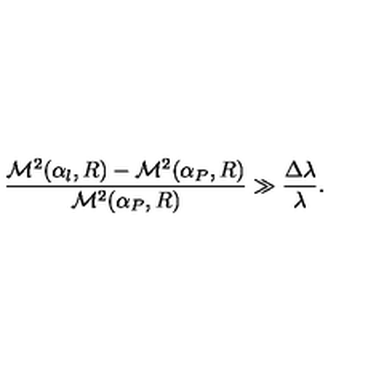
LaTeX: \frac { { \cal M } ^ { 2 } ( \alpha _ { l } , R ) - { \cal M } ^ { 2 } ( \alpha _ { P } , R ) } { { \cal M } ^ { 2 } ( \alpha _ { P } , R ) } \gg \frac { \Delta \lambda } { \lambda } .